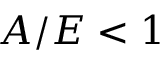
A / E < 1